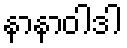
နာနာဝါဒါ